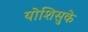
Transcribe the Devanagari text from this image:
योशिसुके